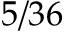
5 / 3 6